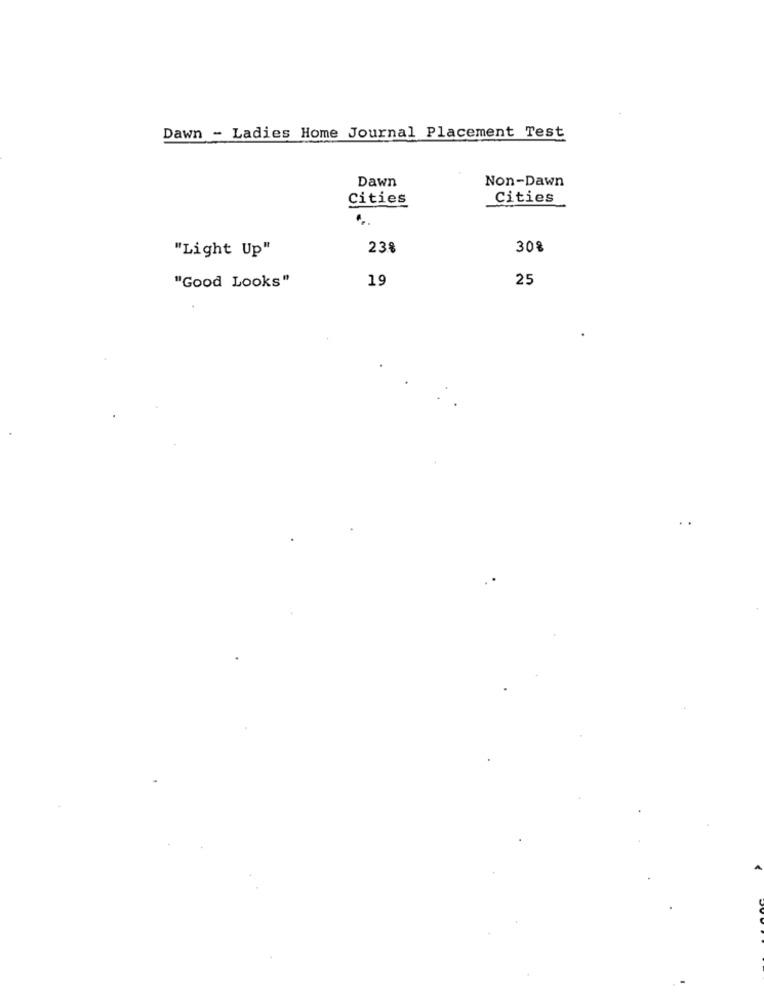
Dawn - Ladies Home Journal Placement Test
Dawn
Non-Dawn
Cities
Cities
"Light Up"
23%
30%
19
25
"Good Looks"